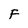
Character: F